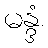
မန္ဒံ